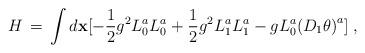
LaTeX: \begin{align*}H \,=\, \int d {\bf x} [ - \frac{1}{2} g^2 L_0^a L_0^a + \frac{1}{2} g^2L_1^a L_1^a - g L_0^a {(D_1 \theta )}^a ] \;,\end{align*}